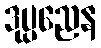
ဒုပ္ပညေန